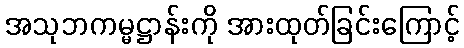
အသုဘကမ္မဋ္ဌာန်းကို အားထုတ်ခြင်းကြောင့်